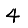
Digit: 4